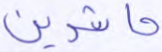
حاشرين